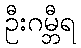
ဦးဂမ္ဘီရ